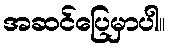
အဆင်ပြေမှာပါ။